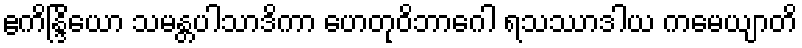
ဧကိန္ဒြိယော သမန္တပါသာဒိကာ ဟေတုဝိဘာဂေါ ရသဿာဒါယ ကမေယျာတိ